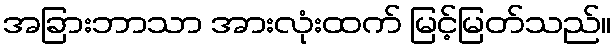
အခြားဘာသာ အားလုံးထက် မြင့်မြတ်သည်။